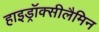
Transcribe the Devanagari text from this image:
हाइड्रॉक्सीलैमिन